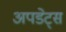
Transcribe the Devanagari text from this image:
अपडेट्स